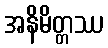
အနိမိတ္တဿ